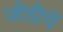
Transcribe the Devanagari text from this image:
जोडीचें